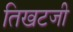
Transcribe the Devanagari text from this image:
तिखटजी